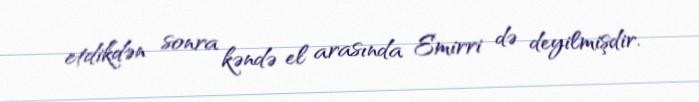
etdikdən sonra kəndə el arasında Emirri də deyilmişdir.